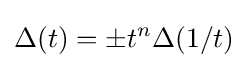
\Delta (t)=\pm t^{n}\Delta (1/t)